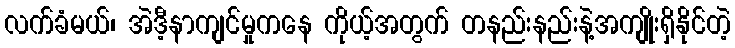
လက်ခံမယ်၊ အဲဒီ့နာကျင်မှုကနေ ကိုယ့်အတွက် တနည်းနည်းနဲ့အကျိုးရှိနိုင်တဲ့